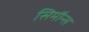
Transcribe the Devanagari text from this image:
सिमौन्स